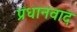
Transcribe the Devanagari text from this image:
प्रधानवाद